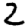
Digit: 2